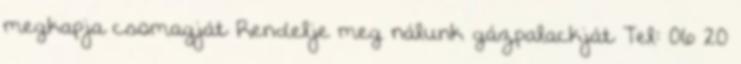
megkapja csomagját Rendelje meg nálunk gázpalackját Tel: 06 20